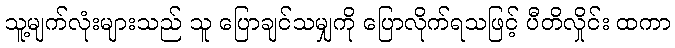
သူ့မျက်လုံးများသည် သူ ပြောချင်သမျှကို ပြောလိုက်ရသဖြင့် ပီတိလှိုင်း ထကာ